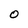
Character: 0